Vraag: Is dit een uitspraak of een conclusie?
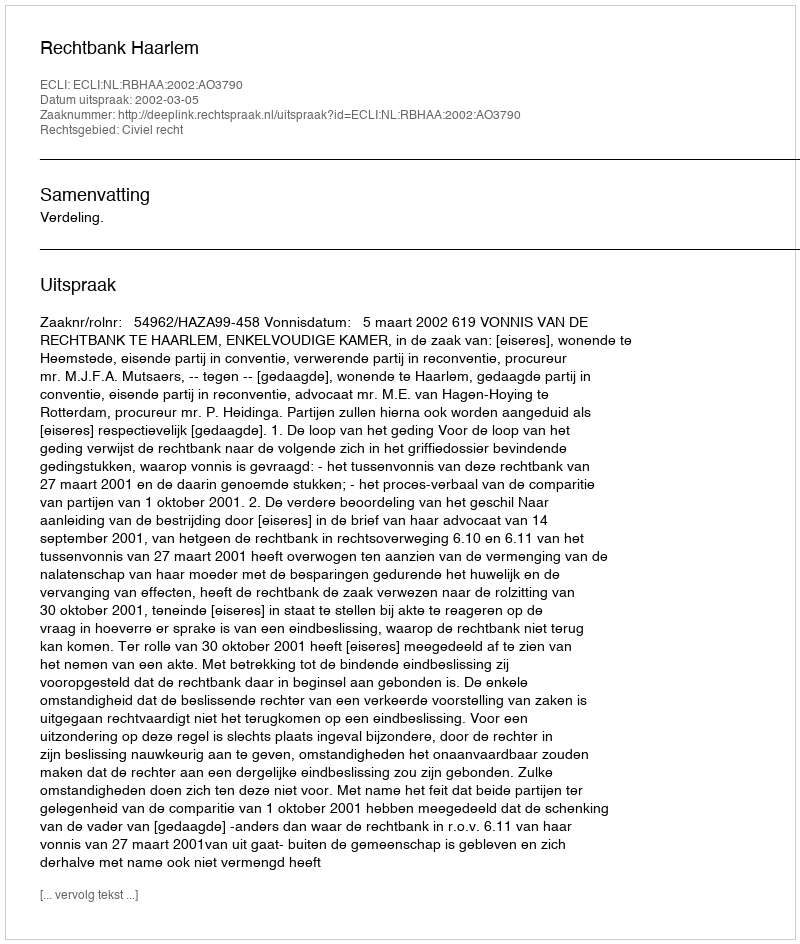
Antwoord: Uitspraak